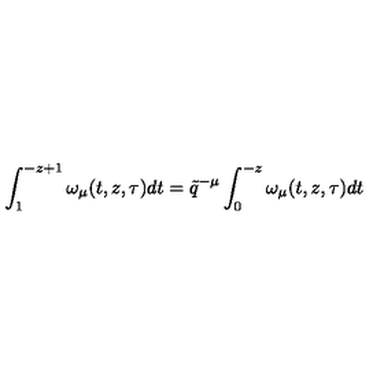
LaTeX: \int _ { 1 } ^ { - z + 1 } \omega _ { \mu } ( t , z , \tau ) d t = \tilde { q } ^ { - \mu } \int _ { 0 } ^ { - z } \omega _ { \mu } ( t , z , \tau ) d t